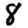
Digit: 8